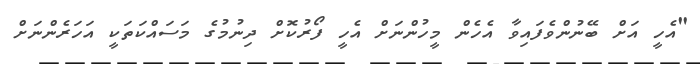
"އެހީ އަށް ބޭނުންވެފައިވާ އެހެން މީހުންނަށް އެހީ ފޯރުކޮށް ދިނުމުގެ މަސައްކަތަކީ އަހަރެންނަށް